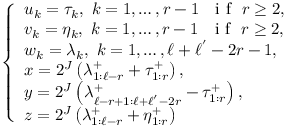
\begin{array} { r } { \left\{ \begin{array} { l } { u _ { k } = \tau _ { k } , \ k = 1 , \ldots , r - 1 \ \ \textup { i f } \ r \geq 2 , } \\ { v _ { k } = \eta _ { k } , \ k = 1 , \ldots , r - 1 \ \ \textup { i f } \ r \geq 2 , } \\ { w _ { k } = \lambda _ { k } , \ k = 1 , \ldots , \ell + \ell ^ { ' } - 2 r - 1 , } \\ { x = 2 ^ { J } \left( \lambda _ { 1 : \ell - r } ^ { + } + \tau _ { 1 : r } ^ { + } \right) , } \\ { y = 2 ^ { J } \left( \lambda _ { \ell - r + 1 : \ell + \ell ^ { ' } - 2 r } ^ { + } - \tau _ { 1 : r } ^ { + } \right) , } \\ { z = 2 ^ { J } \left( \lambda _ { 1 : \ell - r } ^ { + } + \eta _ { 1 : r } ^ { + } \right) } \end{array} \right. } \end{array}